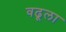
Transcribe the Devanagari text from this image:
वढूला